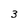
Character: 3